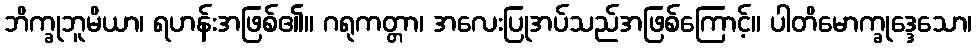
ဘိက္ခုဘူမိယာ၊ ရဟန်းအဖြစ်၏။ ဂရုကတ္တာ၊ အလေးပြုအပ်သည်အဖြစ်ကြောင့်။ ပါတိမောက္ခုဒ္ဒေသော၊